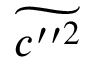
\widetilde { c ^ { \prime \prime 2 } }